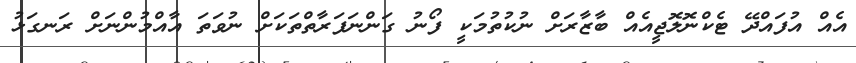
އެއް އުފައްދޭ ޓެކްނޮލޮޖީއެއް ބާޒާރަށް ނުކުތުމަކީ ފޯނު ގަންނަފަރާތްތަކަށް ނުވަތަ އާއްމުންނަށް ރަނގަޅު